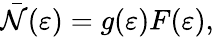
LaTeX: {\bar{\mathcal{N}}}(\varepsilon)=g(\varepsilon)F(\varepsilon),